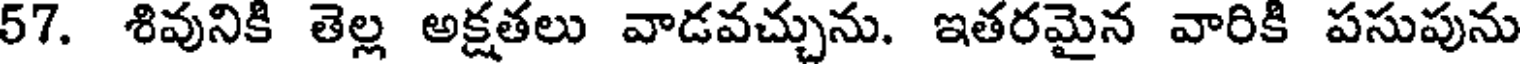
57. శివునికి తెల్ల అక్షతలు వాడవచ్చును. ఇతరమైన వారికి పసుపును